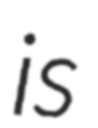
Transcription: is